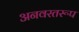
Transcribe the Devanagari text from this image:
अनवरतरूप